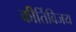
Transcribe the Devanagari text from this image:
कीर्तिविजय